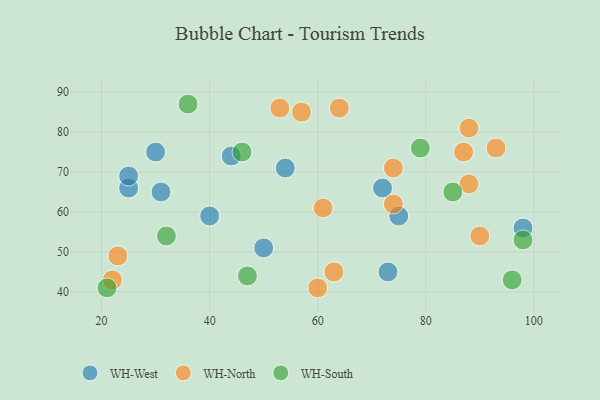
{"axis": {"x": "GDP", "y": "Life Expectancy"}, "legend": ["WH-North", "WH-South", "WH-West"], "data": [{"x": "50", "y": 51, "type": "WH-West"}, {"x": "25", "y": 66, "type": "WH-West"}, {"x": "30", "y": 75, "type": "WH-West"}, {"x": "40", "y": 59, "type": "WH-West"}, {"x": "54", "y": 71, "type": "WH-West"}, {"x": "31", "y": 65, "type": "WH-West"}, {"x": "75", "y": 59, "type": "WH-West"}, {"x": "73", "y": 45, "type": "WH-West"}, {"x": "25", "y": 69, "type": "WH-West"}, {"x": "44", "y": 74, "type": "WH-West"}, {"x": "72", "y": 66, "type": "WH-West"}, {"x": "98", "y": 56, "type": "WH-West"}, {"x": "61", "y": 61, "type": "WH-North"}, {"x": "88", "y": 81, "type": "WH-North"}, {"x": "90", "y": 54, "type": "WH-North"}, {"x": "93", "y": 76, "type": "WH-North"}, {"x": "88", "y": 67, "type": "WH-North"}, {"x": "63", "y": 45, "type": "WH-North"}, {"x": "60", "y": 41, "type": "WH-North"}, {"x": "53", "y": 86, "type": "WH-North"}, {"x": "64", "y": 86, "type": "WH-North"}, {"x": "23", "y": 49, "type": "WH-North"}, {"x": "57", "y": 85, "type": "WH-North"}, {"x": "74", "y": 62, "type": "WH-North"}, {"x": "87", "y": 75, "type": "WH-North"}, {"x": "74", "y": 71, "type": "WH-North"}, {"x": "22", "y": 43, "type": "WH-North"}, {"x": "21", "y": 41, "type": "WH-South"}, {"x": "98", "y": 53, "type": "WH-South"}, {"x": "96", "y": 43, "type": "WH-South"}, {"x": "46", "y": 75, "type": "WH-South"}, {"x": "36", "y": 87, "type": "WH-South"}, {"x": "32", "y": 54, "type": "WH-South"}, {"x": "79", "y": 76, "type": "WH-South"}, {"x": "85", "y": 65, "type": "WH-South"}, {"x": "47", "y": 44, "type": "WH-South"}]}